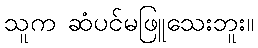
သူက ဆံပင်မဖြူသေးဘူး။